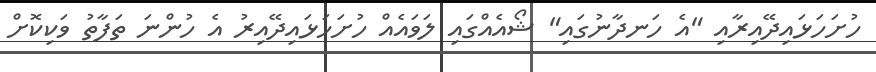
ހުށަހަޅައިދޭއިރާއި "އެ ހަނދާނުގައި" ޝޯއެއްގައި ލަވައެއް ހުށަހަޅައިދޭއިރު އެ ހުންނަ ތަފާތު ވަކިކޮށް